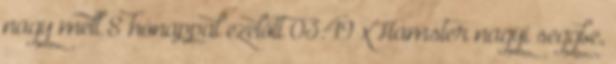
nagy mell 8 hónappal ezelőtt 03:49 xHamster nagyi seggbe,